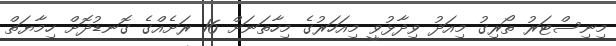
މިނިސްޓަރު ތޯރިގު މިއަދު ވިދާޅުވީ މިއަހަރުގެ މިހާތަނަށް 16 ރަށެއްގެ ގޮނޑުދޮށް ހިމާޔަތް